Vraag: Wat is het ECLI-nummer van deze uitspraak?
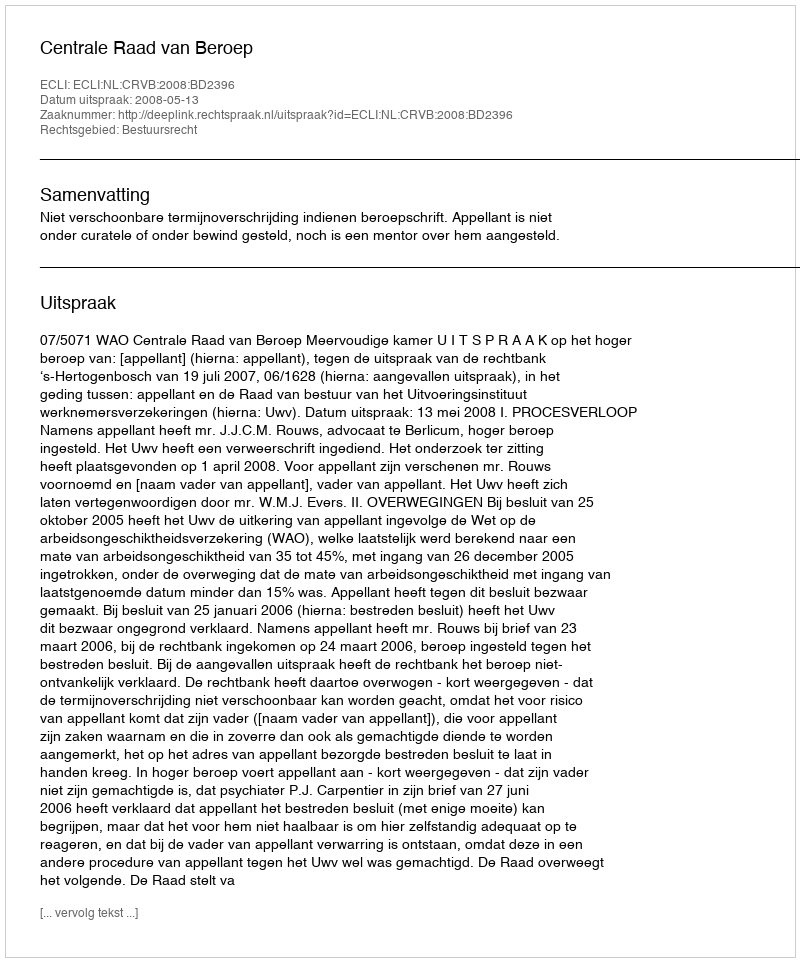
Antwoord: ECLI:NL:CRVB:2008:BD2396